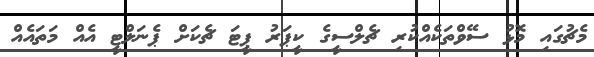
މެޗުގައި މޮޅު ސޭވްތަކެއްކުރި ޗެލްސީގެ ކީޕަރު ޕީޓަ ޗެކަށް ޕެނަލްޓީ އެއް މަތައެއް